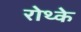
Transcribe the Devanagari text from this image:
रोथ्के